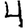
Digit: 4